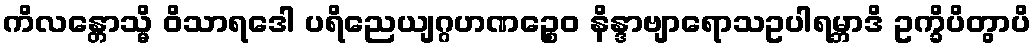
ကိလန္တောသ္မိ ဝိသာရဒေါ ပရိညေယျဂ္ဂဟဏဉ္စေဝ နိန္ဒာဗျာရောသဥပါရမ္ဘာဒိ ဥက္ခိပိတွာပိ